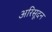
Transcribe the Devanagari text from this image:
अरिसूदन